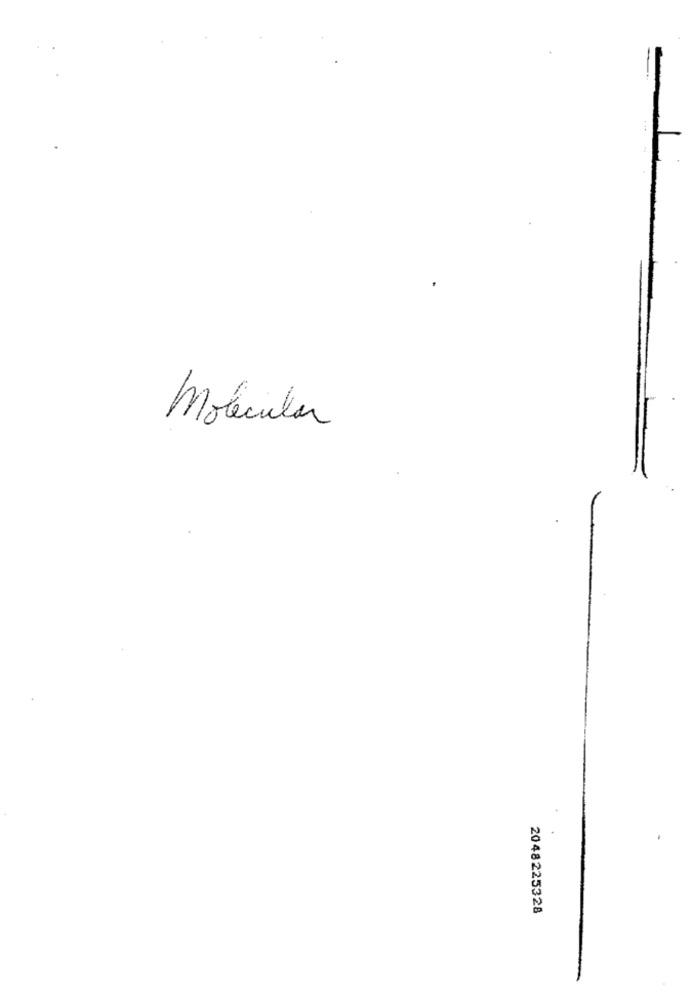
Molecular
2048225328